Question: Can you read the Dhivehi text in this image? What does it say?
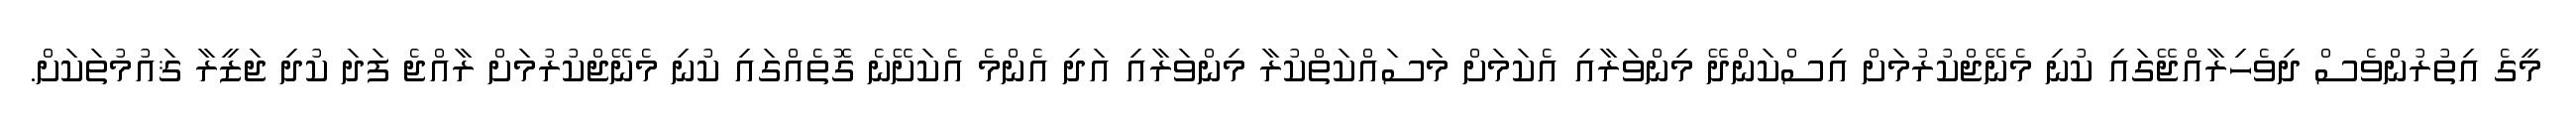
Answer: މީގެ އިތުރުންވެސް ދިވެހިރާއްޖޭގައި ކުނި މެނޭޖްކުރުމަށް އިސްކަންދޭ މިންވަރާއި އެކަމަށް މަސައްކަތްކުރާ މިންވަރާއި އަދި އެންމެ އެކަށޭނެ ގޮތެއްގައި ކުނި މެނޭޖްކުރުމަށް ރާއްޖެ ފަދަ ކުދި ޖަޒީރާ ޤައުމުތަކަށް.